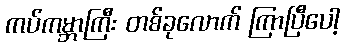
ကပ်ကမ္ဘာကြီး တစ်ခုလောက် ကြာပြီပေါ့